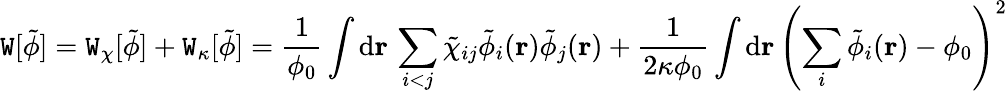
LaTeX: \mathtt{W}[\tilde{{\phi}}]=\mathtt{W}_{\chi}[\tilde{{\phi}}]+\mathtt{W}_{\kappa}[\tilde{{\phi}}]=\frac{{1}}{{\phi_{0}}}\int\mathrm{{d}}\mathbf{{r}}\, \sum_{i<j}\tilde{{\chi}}_{ij}\tilde{{\phi}}_{i}(\mathbf{{r}})\tilde{{\phi}}_{j}(\mathbf{{r}})+\frac{{1}}{{2\kappa\phi_{0}}}\int\mathrm{{d}}\mathbf{{r}}\, \left(\sum_{i}\tilde{{\phi}}_{i}(\mathbf{{r}})-\phi_{0}\right)^{2}